NAE_Eesti_seltside_protokollid_1900-1917, lk 25
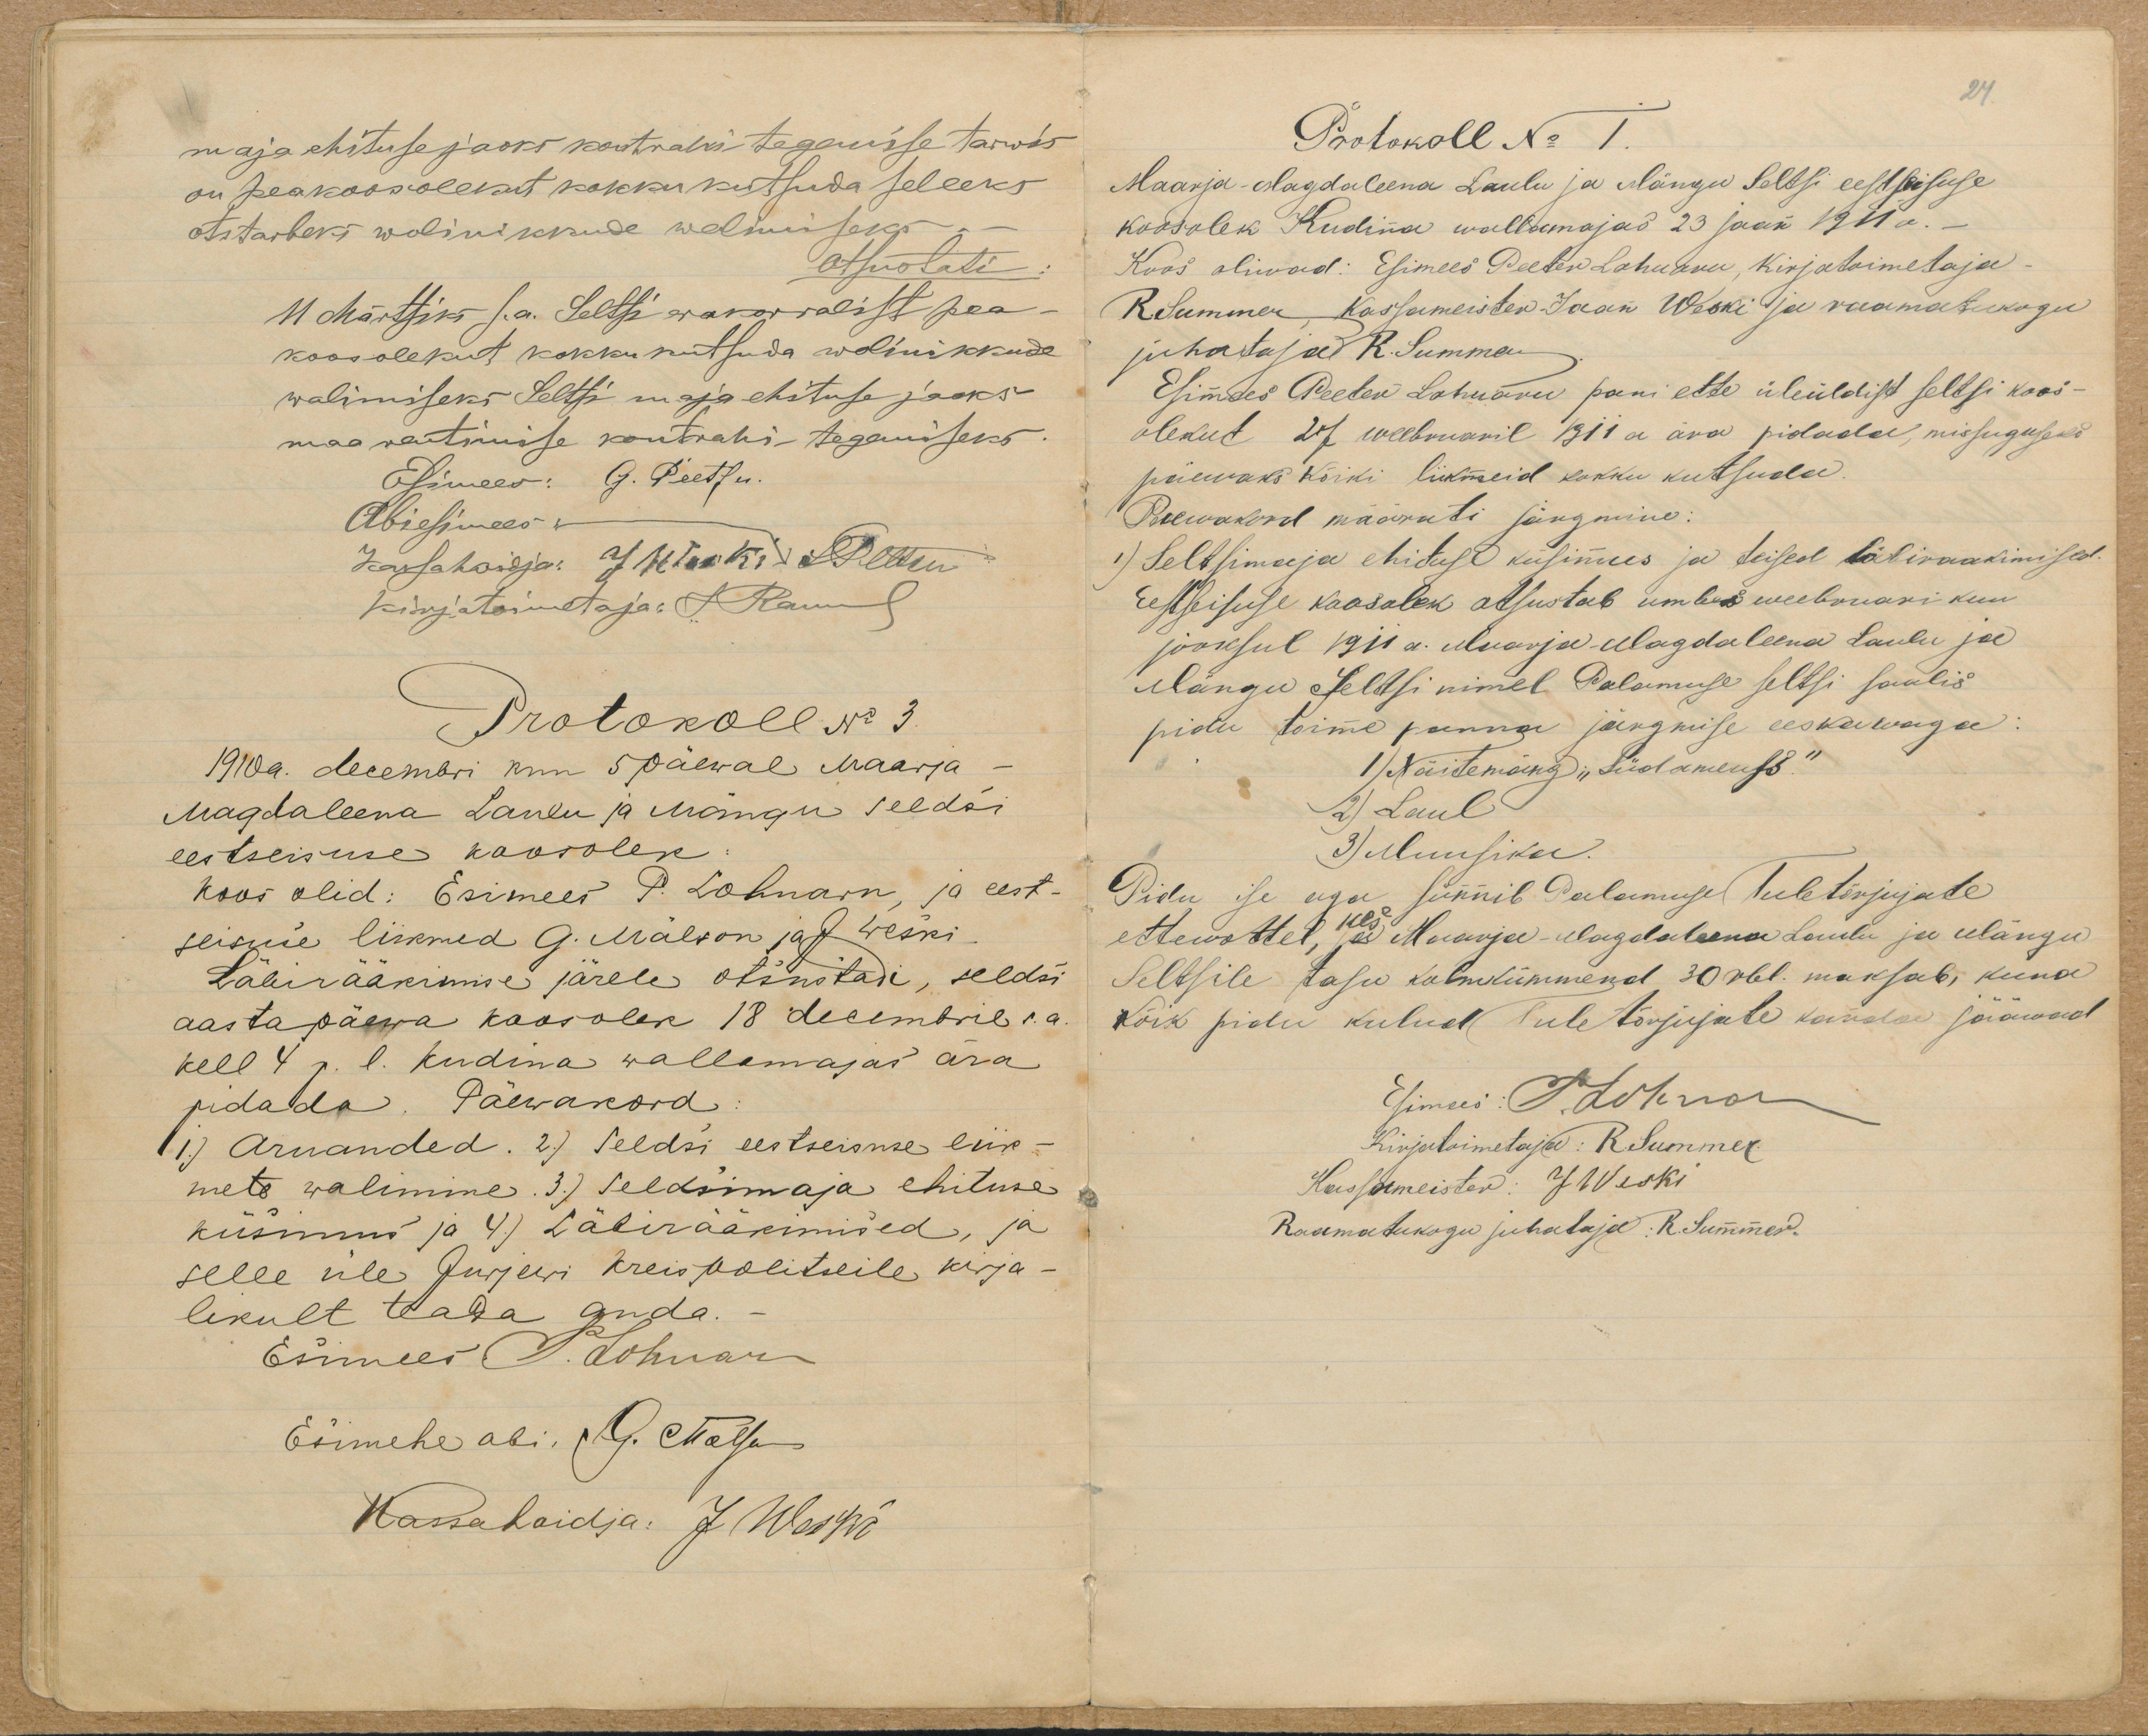
maja ehituse jaoks kontrahi tegemisse tarwis
on peakoosolekut kokku kutsuda selleks
otstarbeks wolinikude walimiseks
otsustati
11 Märtsiks s.a. Seltsi erakorralist pea-
koosolekut kokkukutsuda wolinikkude
walimiseks Seltsi maja ehituse jaoks
maa rentimise kontrahi tegemiseks.
Protokoll No 3.
1910a. decembri kuu 5 päewal Maarja-
Magdaleena Laulu ja Mängu seldsi
eestseisuse koosolek
Läbirääkimise järele otsustadi, seldsi
aastapäewa koosolek 18 decembril s.a
kell 4 p. l. Kudina wallamajas ära
pidada. Päewakord
1.) Aruanded. 2) Seldsi eestseisuse liik-
mete walimine 3) seldsimaja ehituse
küsimus ja 4) Läbirääkimised, ja
selle üle Jurjewi kreispolitseile kirja-
likult teada anda.

Protokoll No1.
Maarja-Magdaleena Laulu ja Mängu Seltsi eestseisuse
koosolek Kudina wallamajas 23 jaan 1911 a.-
Esimees Peeter Lohuaru pani ette üleüldist seldsi koos-
olekut 27 weebruaril 1911 a ära pidada, missugusest
päiwaks kõiki liikmeid kokku kutsuda.
Päewakorrd määrati järgmine:
1) Seltsimaja ehituse küsimus ja teised läbiraakimised.
Eestseisuse koosolek otsustab umbes weebruari kuu
jooksul 1911 a. Maarja-Magdaleena Laulu ja
Mängu seltsi nimel Palamuse seltsi saalis
pidu toime panna järgmise eeskawaga:
1) Näitemäng "Südameuss"
2) Laul
3) Muusika.
Pidu ise aga sünnib Palamusel Tuletõrjujate
ettewõttel, kes Maarja-Magdaleena Laulu ja Mängu
Seltsile tasu kolmkümmend 30 rbl. maksab, kuna
kõik pidu kulud Tuletõrjujate kanda jääwad